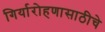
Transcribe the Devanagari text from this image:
गिर्यारोहणासाठीचे